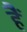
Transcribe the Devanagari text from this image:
हैं